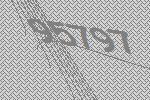
95797